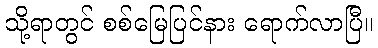
သို့ရာတွင် စစ်မြေပြင်နား ရောက်လာပြီ။